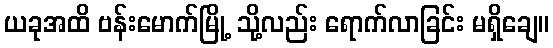
ယခုအထိ ဗန်းမောက်မြို့ သို့လည်း ရောက်လာခြင်း မရှိချေ။